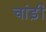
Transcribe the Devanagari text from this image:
चांड़ी